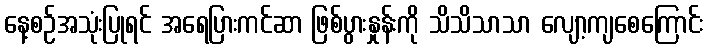
နေ့စဉ်အသုံးပြုရင် အရေပြားကင်ဆာ ဖြစ်ပွားနှုန်းကို သိသိသာသာ လျော့ကျစေကြောင်း